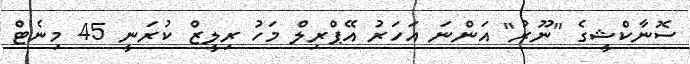
ސޮނާކްޝީގެ "ނޫރު" އަންނަ އަހަރު އޭޕްރިލް މަހު ރިލީޒް ކުރަނީ 45 މިނެޓް